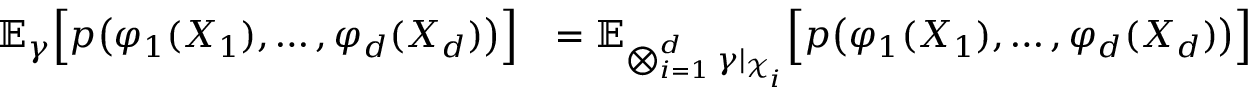
\begin{array} { r l } { \mathbb { E } _ { \gamma } \Big [ p \big ( \varphi _ { 1 } ( X _ { 1 } ) , \dots , \varphi _ { d } ( X _ { d } ) \big ) \Big ] } & { = \mathbb { E } _ { \bigotimes _ { i = 1 } ^ { d } \gamma \vert _ { \mathcal { X } _ { i } } } \Big [ p \big ( \varphi _ { 1 } ( X _ { 1 } ) , \dots , \varphi _ { d } ( X _ { d } ) \big ) \Big ] } \end{array}